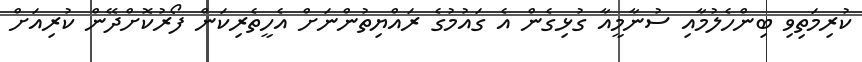
ކުރިމަތިވި ބިންހެލުމާއި ސުނާމީއާ ގުޅިގެން އެ ގައުމުގެ ރައްޔިތުންނަށް އެހީތެރިކަން ފޯރުކޮށްދޭން ކުރިއަށް